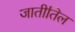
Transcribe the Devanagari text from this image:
जातीतिल